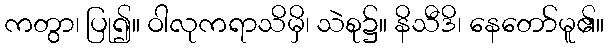
ကတွာ၊ ပြု၍။ ဝါလုကရာသိမှိ၊ သဲစု၌။ နိသီဒိ၊ နေတော်မူ၏။